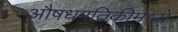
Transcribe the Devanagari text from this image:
औषधगतिकीमध्ये